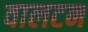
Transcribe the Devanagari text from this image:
वालटन